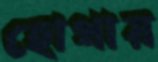
হোথায়